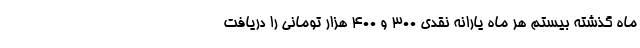
ماه گذشته بیستم هر ماه یارانه نقدی ۳۰۰ و ۴۰۰ هزار تومانی را دریافت